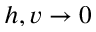
h , v \rightarrow 0